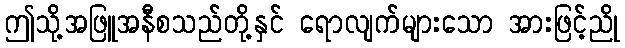
ဤသို့အဖြူအနီစသည်တို့နှင် ရောလျက်များသော အားဖြင့်ညို